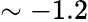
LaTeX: \sim-1.2